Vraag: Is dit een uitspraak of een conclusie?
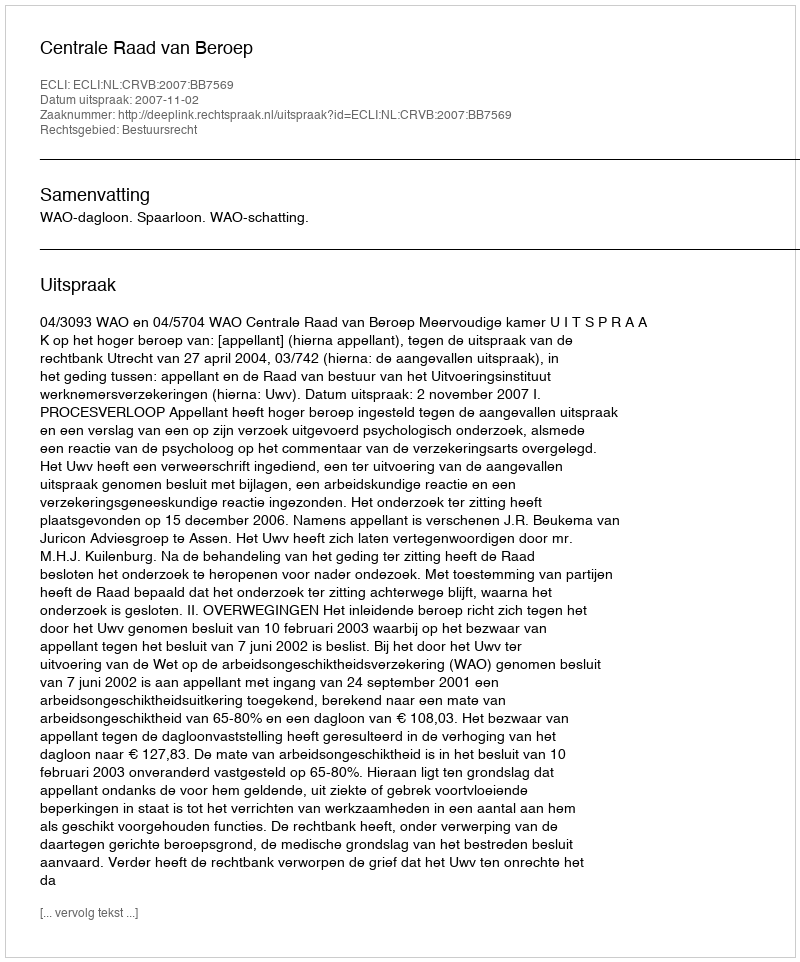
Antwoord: Uitspraak